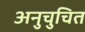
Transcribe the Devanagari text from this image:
अनुचुचित